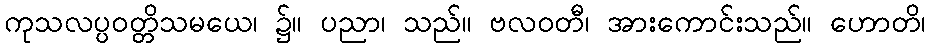
ကုသလပ္ပဝတ္တိသမယေ၊ ၌။ ပညာ၊ သည်။ ဗလဝတီ၊ အားကောင်းသည်။ ဟောတိ၊